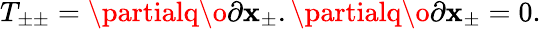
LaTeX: T_{\pm\pm}={\partialq\o{\partial\mathbf{x}_{\pm}}}.{\partialq\o{\partial\mathbf{x}_{\pm}}}=0.